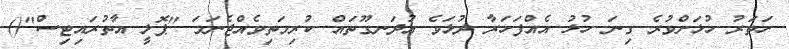
ހަތަރު ހުޅަށްވުރެ ގިނަ ހުޅު އެއްފަހަރާ ދުޅަވެ އުދަނގޫތައް ކުރިމަތިވެއްޖެނަމަ "ޕޮލީ އާތުރައިޓިސް"()